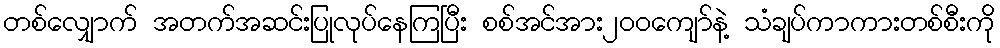
တစ်လျှောက် အတက်အဆင်းပြုလုပ်နေကြပြီး စစ်အင်အား၂၀၀ကျော်နဲ့ သံချပ်ကာကားတစ်စီးကို